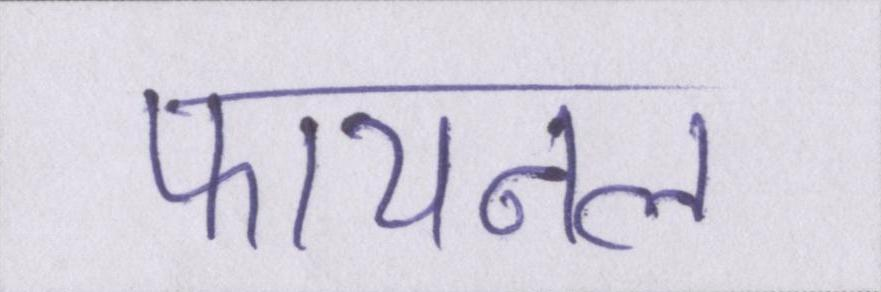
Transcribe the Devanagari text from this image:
फायनल